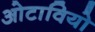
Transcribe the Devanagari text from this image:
ओटावियो